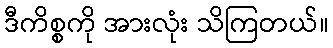
ဒီကိစ္စကို အားလုံး သိကြတယ်။